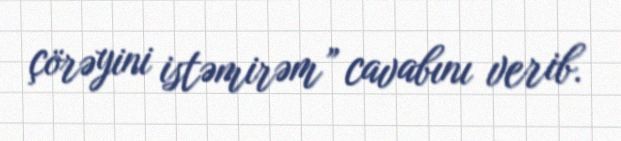
çörəyini istəmirəm” cavabını verib.